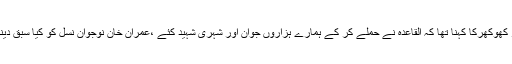
مصطفی نواز کھوکھرکا کہنا تھا کہ القاعدہ نے حملے کر کے ہمارے ہزاروں جوان اور شہری شہید کئے ،عمران خان نوجوان نسل کو کیا سبق دینا چاہتے ہیں؟